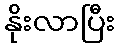
နိုးလာပြီး